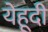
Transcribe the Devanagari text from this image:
येहूदी